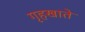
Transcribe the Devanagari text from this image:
गृहखाते